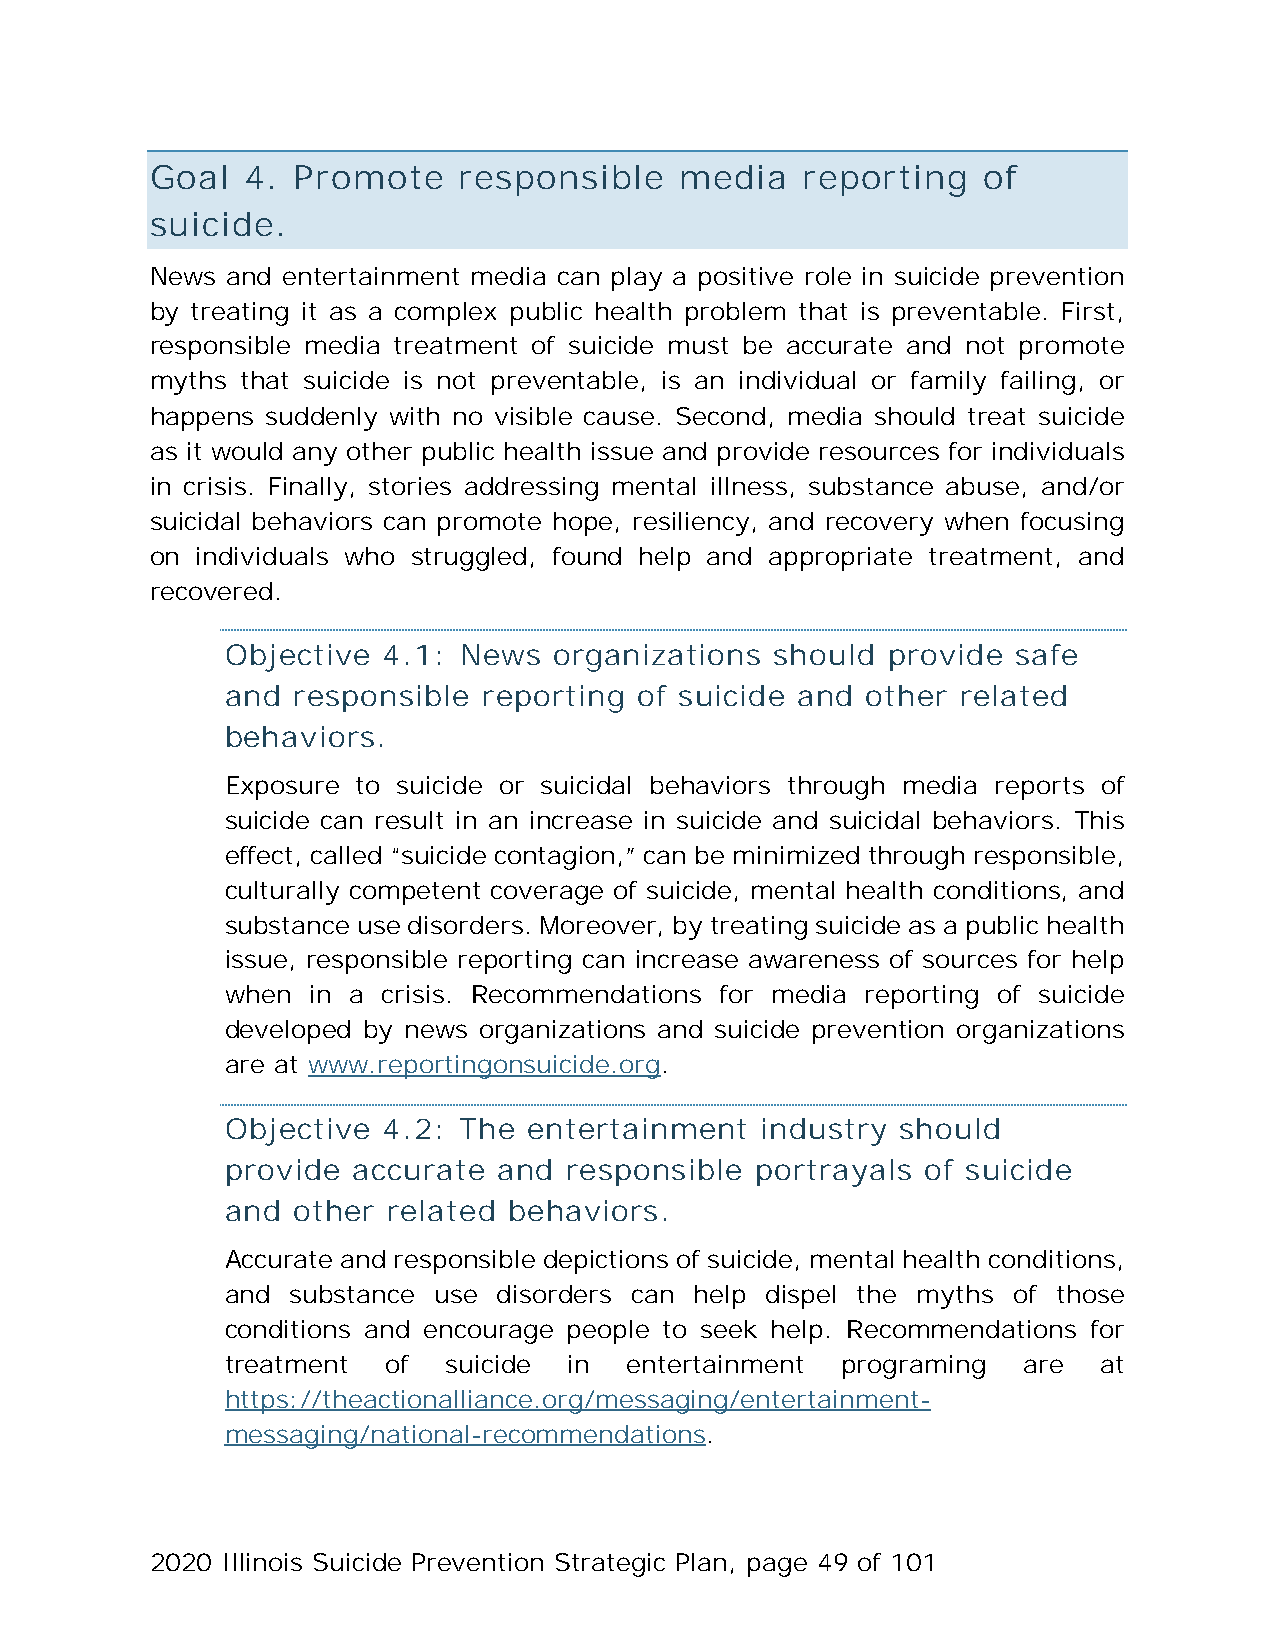
Goal  4. Promote    responsible    media   reporting   of
 suicide.
 News and entertainment media can play a positive role in suicide prevention
 by treating it as a complex public health problem that is preventable. First,
 responsible media treatment of suicide must be accurate and not promote
 myths that suicide is not preventable, is an individual or family failing, or
 happens suddenly with no visible cause. Second, media should treat suicide
 as it would any other public health issue and provide resources for individuals
 in crisis. Finally, stories addressing mental illness, substance abuse, and/or
 suicidal behaviors can promote hope, resiliency, and recovery when focusing
 on individuals who struggled, found help and appropriate treatment, and
 recovered.
 Objective 4.1: News   organizations should  provide safe
 and responsible  reporting of suicide and other related
 behaviors.
 Exposure to suicide or suicidal behaviors through media reports of
 suicide can result in an increase in suicide and suicidal behaviors. This
 effect, called “suicide contagion,” can be minimized through responsible,
 culturally competent coverage of suicide, mental health conditions, and
 substance use disorders. Moreover, by treating suicide as a public health
 issue, responsible reporting can increase awareness of sources for help
 when in a crisis. Recommendations for media reporting of suicide
 developed by news organizations and suicide prevention organizations
 are at www.reportingonsuicide.org.
 Objective 4.2: The  entertainment  industry  should
 provide accurate  and responsible  portrayals of suicide
 and other  related behaviors.
 Accurate and responsible depictions of suicide, mental health conditions,
 and substance use disorders can help dispel the myths of those
 conditions and encourage people to seek help. Recommendations for
 treatment  of  suicide in  entertainment programing  are  at
 https://theactionalliance.org/messaging/entertainment-
 messaging/national-recommendations.
 2020 Illinois Suicide Prevention Strategic Plan, page 49 of 101